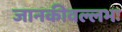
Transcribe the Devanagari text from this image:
जानकीवल्लभः